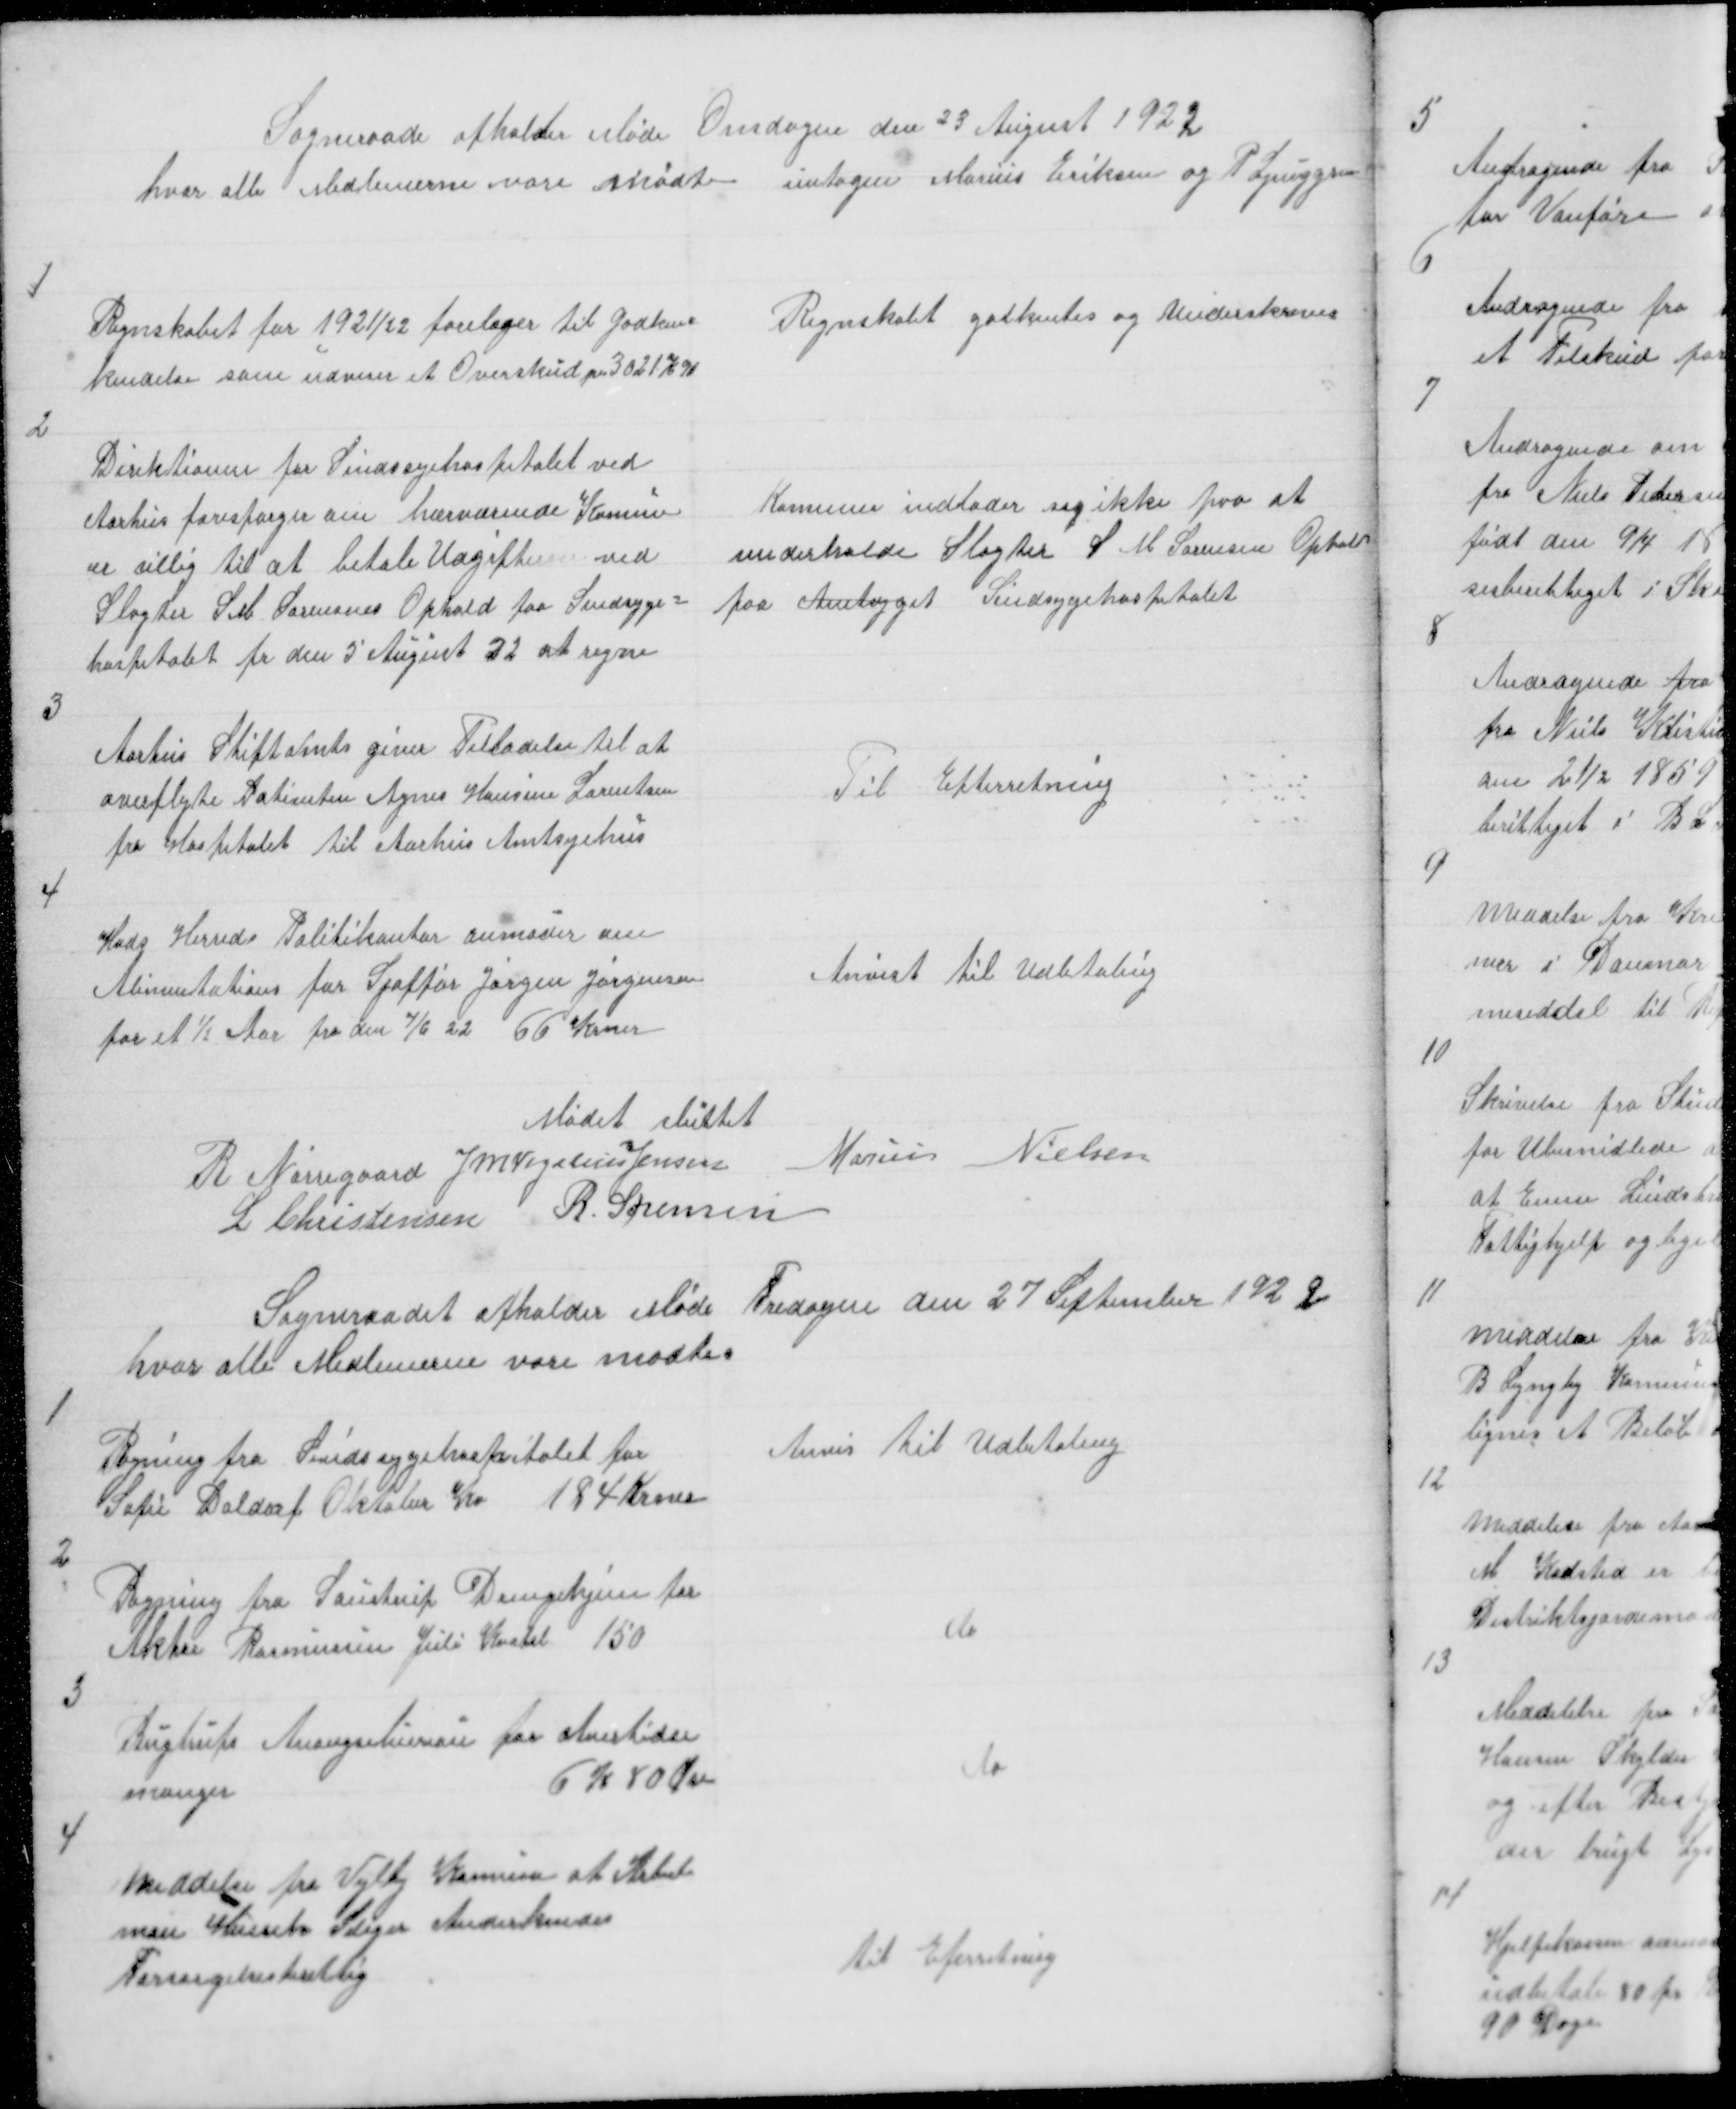
Transskription:
Sogneraade afholder Møde Onsdagen den 23 August 1922
hvor alle Medlemerne vare mødte untagen Marius Eriksen og P Ljunggren

1

Regnskabet for 1921/22 forelages til godken=
kendelse som udviser et Overskud pa 3021 K 90

Regnskabet godkentes og Underskreves

2

Direktionen for Sindssyehospitalet ved
Aarhus forespørger om hærværende Komun
er villig til at betale Udgifterne ved
Slagter S M Sørensens Ophold paa Sindsyge =
hospitalet fr den 5 August 22 at regne

Komunen indlader sig ikke paa at
underholde Slagter S M Sørensen Ophold
paa Amtsygeh Sindsygehospitalet

3

Aarhus Stiftamts giver Tilladelse til at
overflyte Patienten Agnes Hansine Lorentsen
fra Hospitalet til Aarhus Amtsyehus

Til Efterretning

4

Hads Herreds Politikontor anmoder om
Alimentations for Sjoffør Jørgen Jørgensen
for et ½ Aar fra den 7/6 22 66 Krner

Anvist til Udbetaling

Mødet sluttet
R Nørregaard J M Vogelius Jensen
Marius Nielsen
L Christensen R. Sørensen

Sogneraadet afholder Møde Fredagen den 27 September 1922
hvor alle Medlemerne vare mødte.

1

Regning fra Sindssygehospitalet for
Sofie Daldorf Oktober Kv 184 Krner

Anvis til Udbetaling

2

Regning fra Saustrup Drengehjem for
Aktor Rasmussen Juli Kvatal 150

do

3

Bugtrups Anongsebureau for Avertidse
manger
6 K 80 Øre

do

4

Meddelse fra Vejlby Komune at Arbeds
man Henrik Seliger Anderkendes
Forsørgelsesberettig

til Efterretning